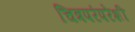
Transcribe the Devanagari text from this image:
चित्रपरंपरेशी